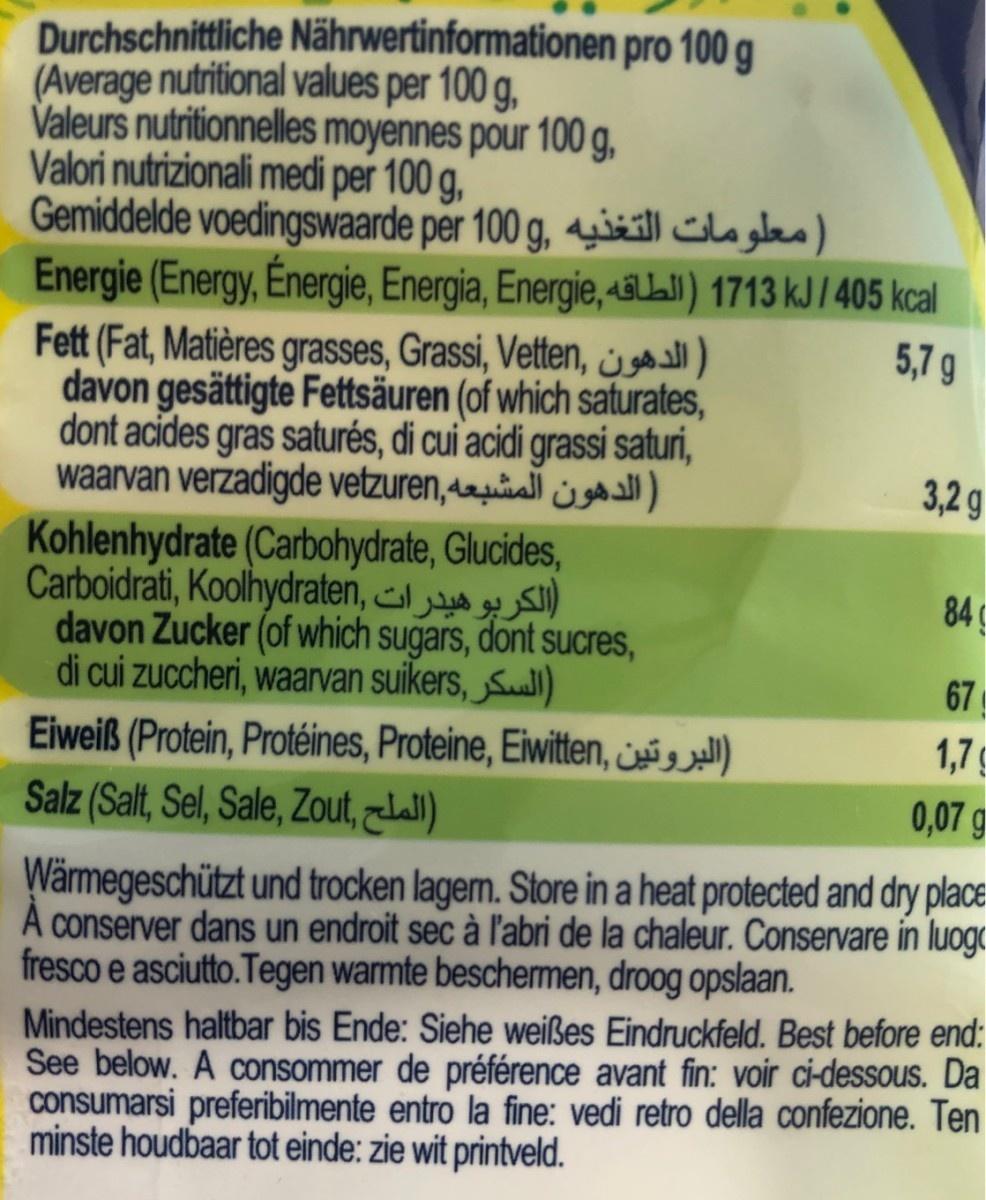
Durchschnittliche Nährwertinformationen pro 100 g (Average nutritional values per 100 g, Valeurs nutritionnelles moyennes pour 100 g, Valori nutrizionali medi per 100 g, Gemiddelde voedingswaarde per 100 g, siáill clagles) Energie (Energy, Energie, Energia, Energie, 4aLall) 1713 kJ / 405 kcal Fett (Fat, Matières grasses, Grassi, Vetten, gl davon gesättigte Fettsäuren (of which saturates, dont acídes gras saturés, di cui acidi grassi saturi, waarvan verzadigde vetzuren,all i g 5,7 g 3,2g Kohlenhydrate (Carbohydrate, Glucides, Carboidrati, Koolhydraten, ) davon Zucker (of which sugars, dont sucres, di cui zuccheri, waarvan suikers, SuI) 84c 67 1,7 Eiweiß (Protein, Protéines, Proteine, Eiwitten, é Salz (Salt, Sel, Sale, Zout, lal) 0,07 g Wärmegeschützt und trocken lagem. Store in a heat protected and dry place= A conserver dans un endroit sec à l'abri de la chaleur. Conservare in luog fresco e asciutto. Tegen warmte beschermen, droog opslaan. Mindestens haltbar bis Ende: Siehe weißes Eindruckfeld. Best before end: See below. A consommer de préférence avant fin: voir ci-dessous. Da consumarsi preferibilmente entro la fine: vedi retro della confezione. Ten minste houdbaar tot einde: zie wit printveld.